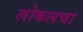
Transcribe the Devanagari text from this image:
लोकलचा